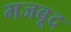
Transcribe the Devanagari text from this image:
मजबूद